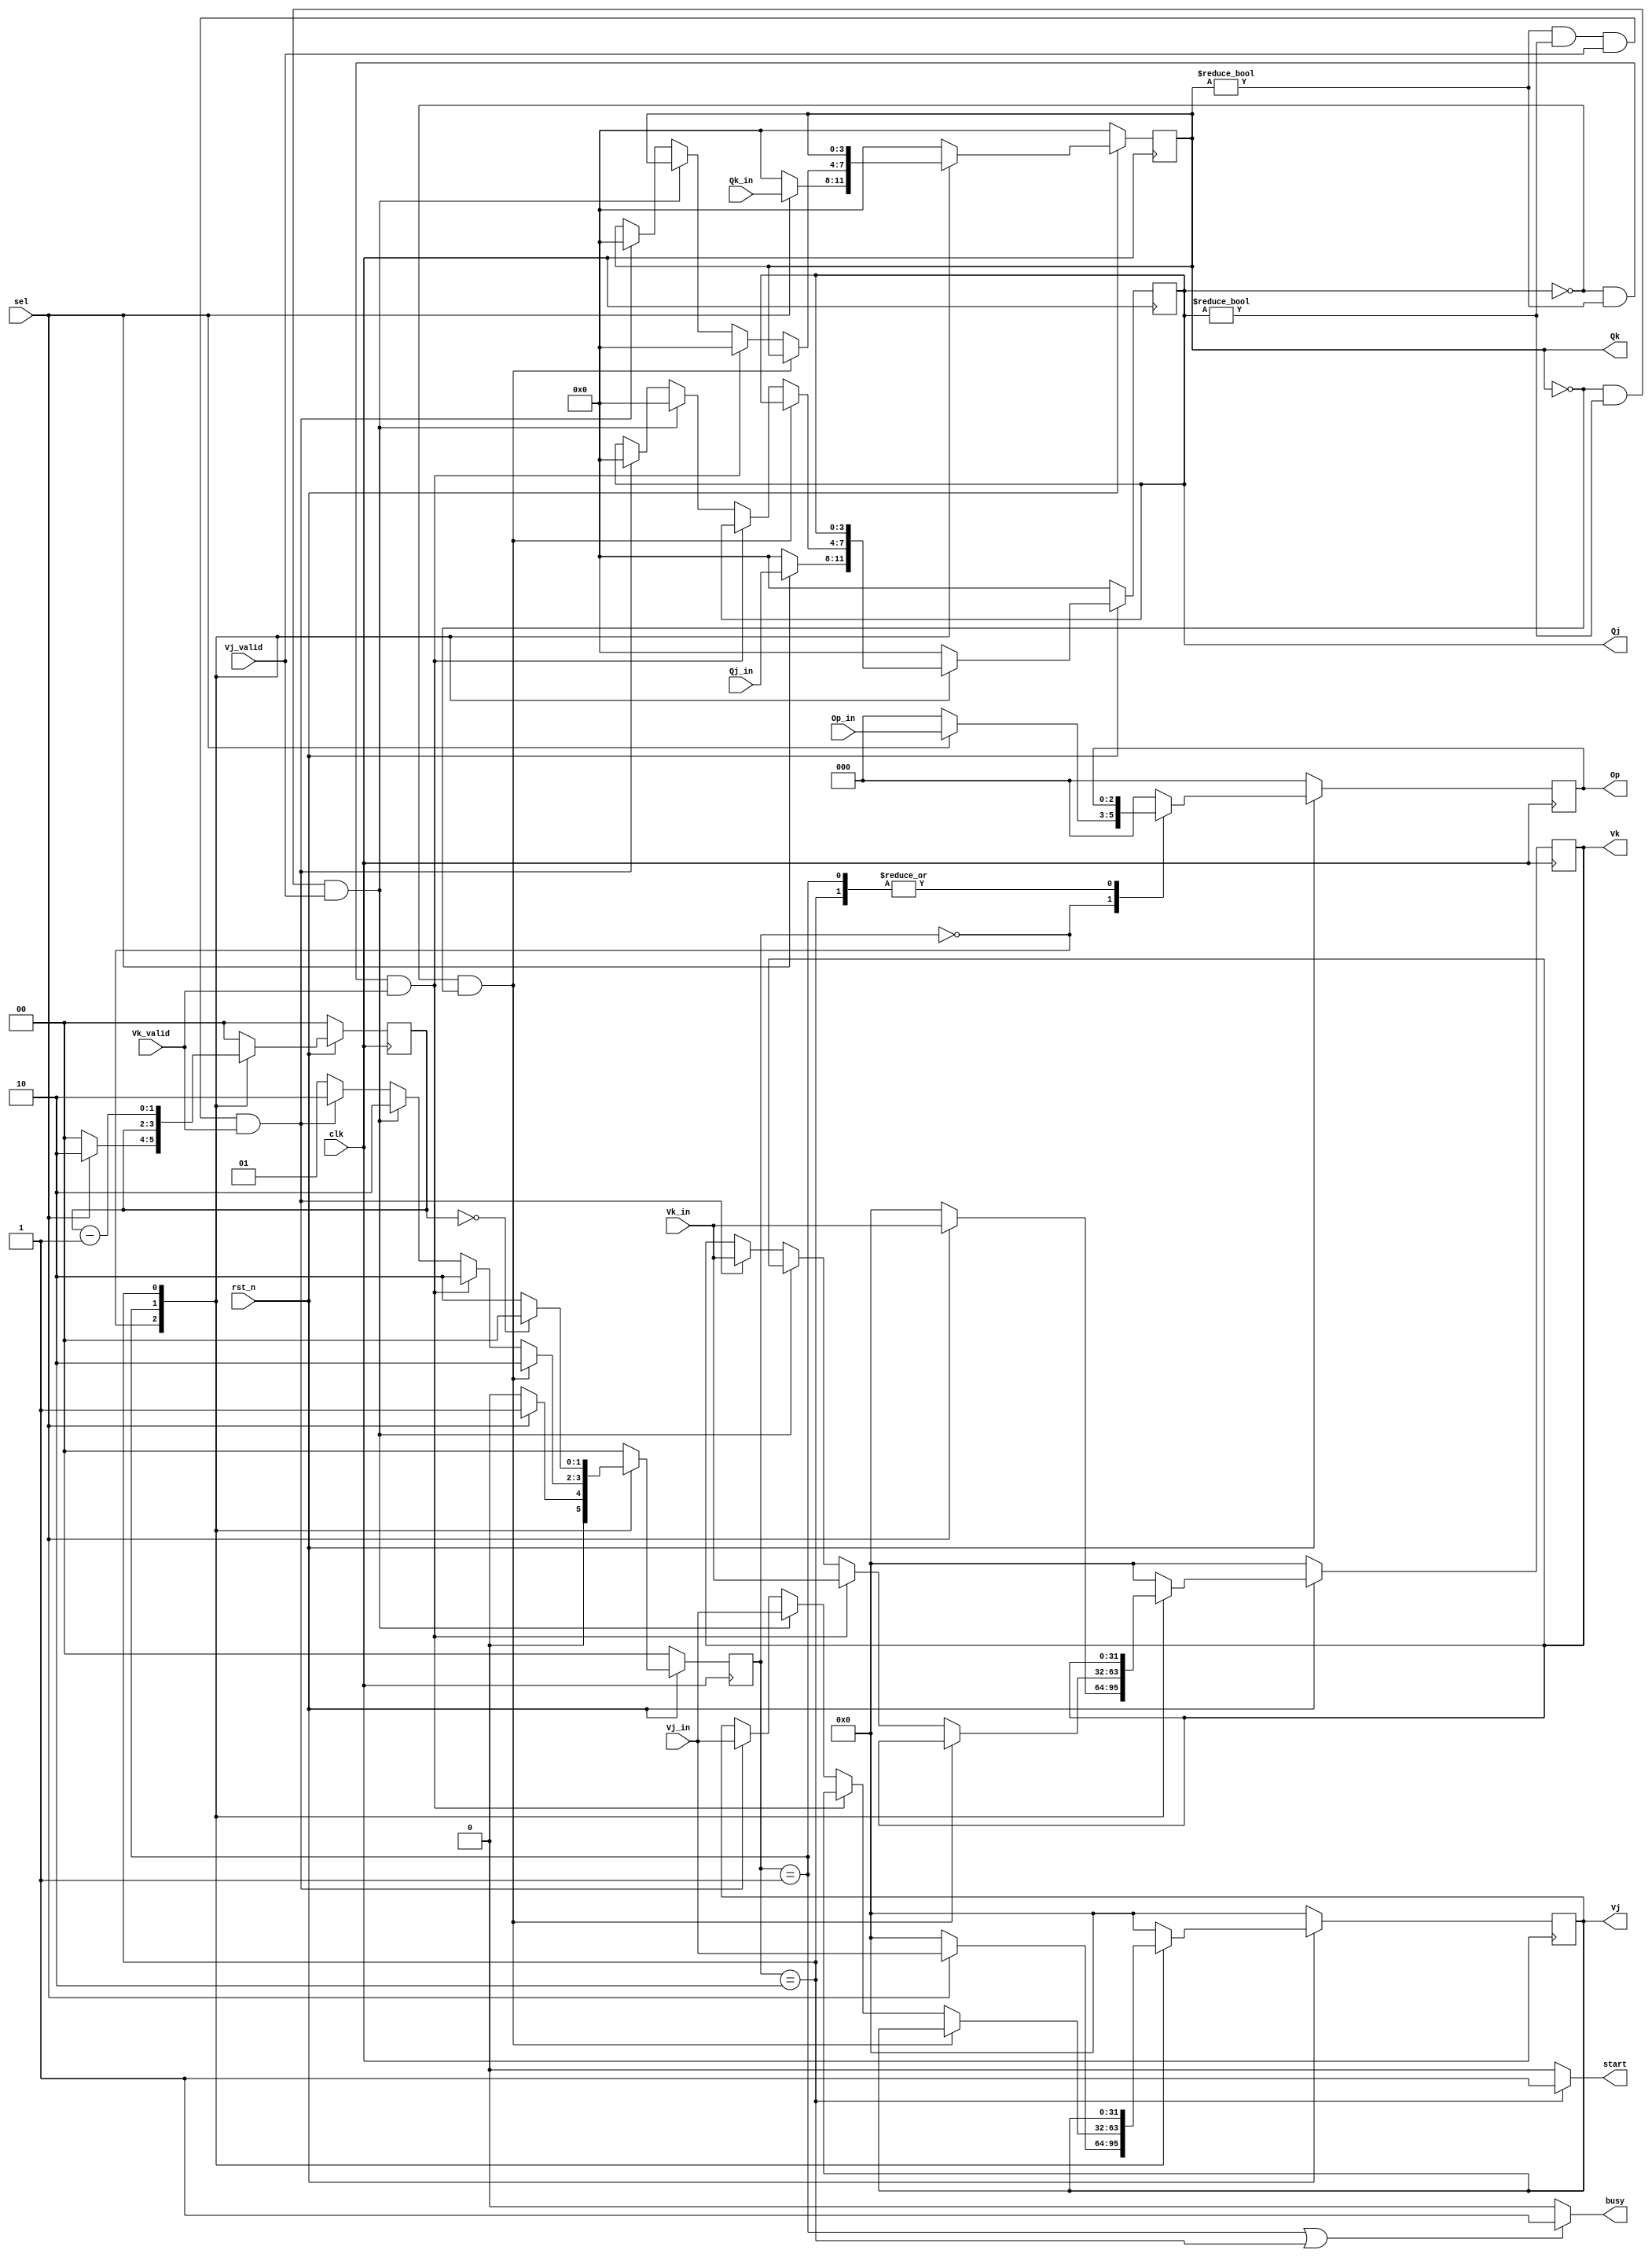
module RS_add
(
	input clk,
	input rst_n,
	input sel,
	input [2:0] Op_in,
	input Vj_valid,		//input control for Vj
	input [31:0] Vj_in,	//from CDB or regfile
	input Vk_valid,
	input [31:0] Vk_in,	
	input [3:0] Qj_in,//renamed value for rs1
	input [3:0] Qk_in,//renamed value for rs2
	output reg [31:0] Vj,	
	output reg [31:0] Vk,
	output reg [3:0] Qj,	//for Vj_valid control in RS_top 
	output reg [3:0] Qk,
	output reg [2:0] Op,
	output start,
	output busy
);

reg [2:0] Op_next;
reg [31:0] Vj_next,Vk_next;
reg [3:0] Qj_next,Qk_next;
reg [1:0] timer,timer_next;

//FSM
reg [1:0] state ,next_state;
localparam IDLE = 2'd0,WAIT = 2'd1,EXE = 2'd2;
always@(posedge clk)begin
	if(~rst_n)begin
		state <= IDLE;
		Vj <= 0;
		Vk <= 0;
		Qj <= 0;
		Qk <= 0; 
		Op <= 0;
		timer <= 0;
	end else begin 
		state <= next_state;
        Vj <= Vj_next;
        Vk <= Vk_next;
        Qj <= Qj_next;
        Qk <= Qk_next;
		Op <= Op_next;
		timer <= timer_next;
	end
end
//next state logic
always@(*)begin
	case(state)
		IDLE:	begin                       //instruction issue to reservation station
					if(sel)begin
						next_state = WAIT;
						timer_next = 2;
						Vj_next = Vj_in;
                    	Vk_next = Vk_in;
                    	Qj_next = Qj_in;
                    	Qk_next = Qk_in;
						Op_next = Op_in;
					end else begin
						next_state = IDLE;
						timer_next = 0;
						Vj_next = 0;
	                    Vk_next = 0;
    	                Qj_next = 0;
        	            Qk_next = 0;
						Op_next = 0;
					end
				end
		WAIT:	begin
					timer_next = timer;
                    Op_next = Op;					
					if(Qj==0&&Qk==0)begin
						next_state = EXE;
						Vj_next = Vj;
             			Vk_next = Vk;
              			Qj_next = Qj;
             			Qk_next = Qk;
					end else if(Qj==0 && Qk!=0 && Vk_valid==1)begin 
						next_state = EXE;
	                    Vj_next = Vj;
	                    Vk_next = Vk_in;
    	                Qj_next = Qj;
        	            Qk_next = 0;
					end else if(Qk==0 && Qj!=0 && Vj_valid==1)begin
						next_state = EXE;
						Vj_next = Vj_in;
                    	Vk_next = Vk;
                    	Qj_next = 0;
                    	Qk_next = Qk;
					end else if(Qk!=0 && Qj!=0 && Vj_valid==1 && Vk_valid==1)begin
						next_state = EXE;
						Vj_next = Vj_in;
                    	Vk_next = Vk_in;
                    	Qj_next = 0;
                    	Qk_next = 0;
					end else begin
						next_state = WAIT;
	                    Vj_next = Vj;
	                    Vk_next = Vk;
	                    Qj_next = Qj;
	                    Qk_next = Qk;
					end
				end
		EXE:	begin
					timer_next = timer - 1;
					Vj_next = Vj;
                    Vk_next = Vk;
                    Qj_next = Qj;
                    Qk_next = Qk;
                    Op_next = Op;					
					if(timer == 0)
						next_state = IDLE;
					else
						next_state = EXE;
				end
		default:begin
					next_state = IDLE;
					timer_next = 0;
					Vj_next = 0;
					Vk_next = 0;
					Qj_next = 0;
					Qk_next = 0;
                    Op_next = 0;					
				end
	endcase
end

//output logic
assign busy = (state==WAIT||state==EXE)?1:0;
assign start = (state==EXE)?1:0;


endmodule